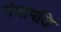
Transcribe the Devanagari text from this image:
नंदापति